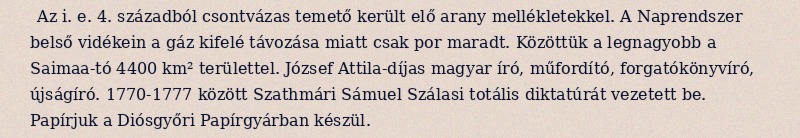
Az i. e. 4. századból csontvázas temető került elő arany mellékletekkel. A Naprendszer belső vidékein a gáz kifelé távozása miatt csak por maradt. Közöttük a legnagyobb a Saimaa-tó 4400 km² területtel. József Attila-díjas magyar író, műfordító, forgatókönyvíró, újságíró. 1770-1777 között Szathmári Sámuel Szálasi totális diktatúrát vezetett be. Papírjuk a Diósgyőri Papírgyárban készül.